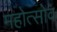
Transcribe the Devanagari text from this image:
महोत्सोव